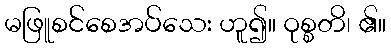
မဖြူစင်စေအပ်သေး ဟူ၍။ ဝုစ္စတိ၊ ၏။